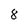
Character: 8